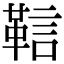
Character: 䩧